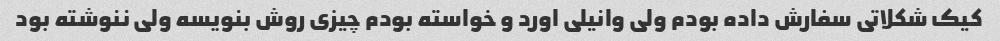
کیک شکلاتی سفارش داده بودم ولی وانیلی اورد و خواسته بودم چیزی روش بنویسه ولی ننوشته بود